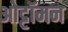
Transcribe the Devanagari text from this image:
ओट्टॉमन